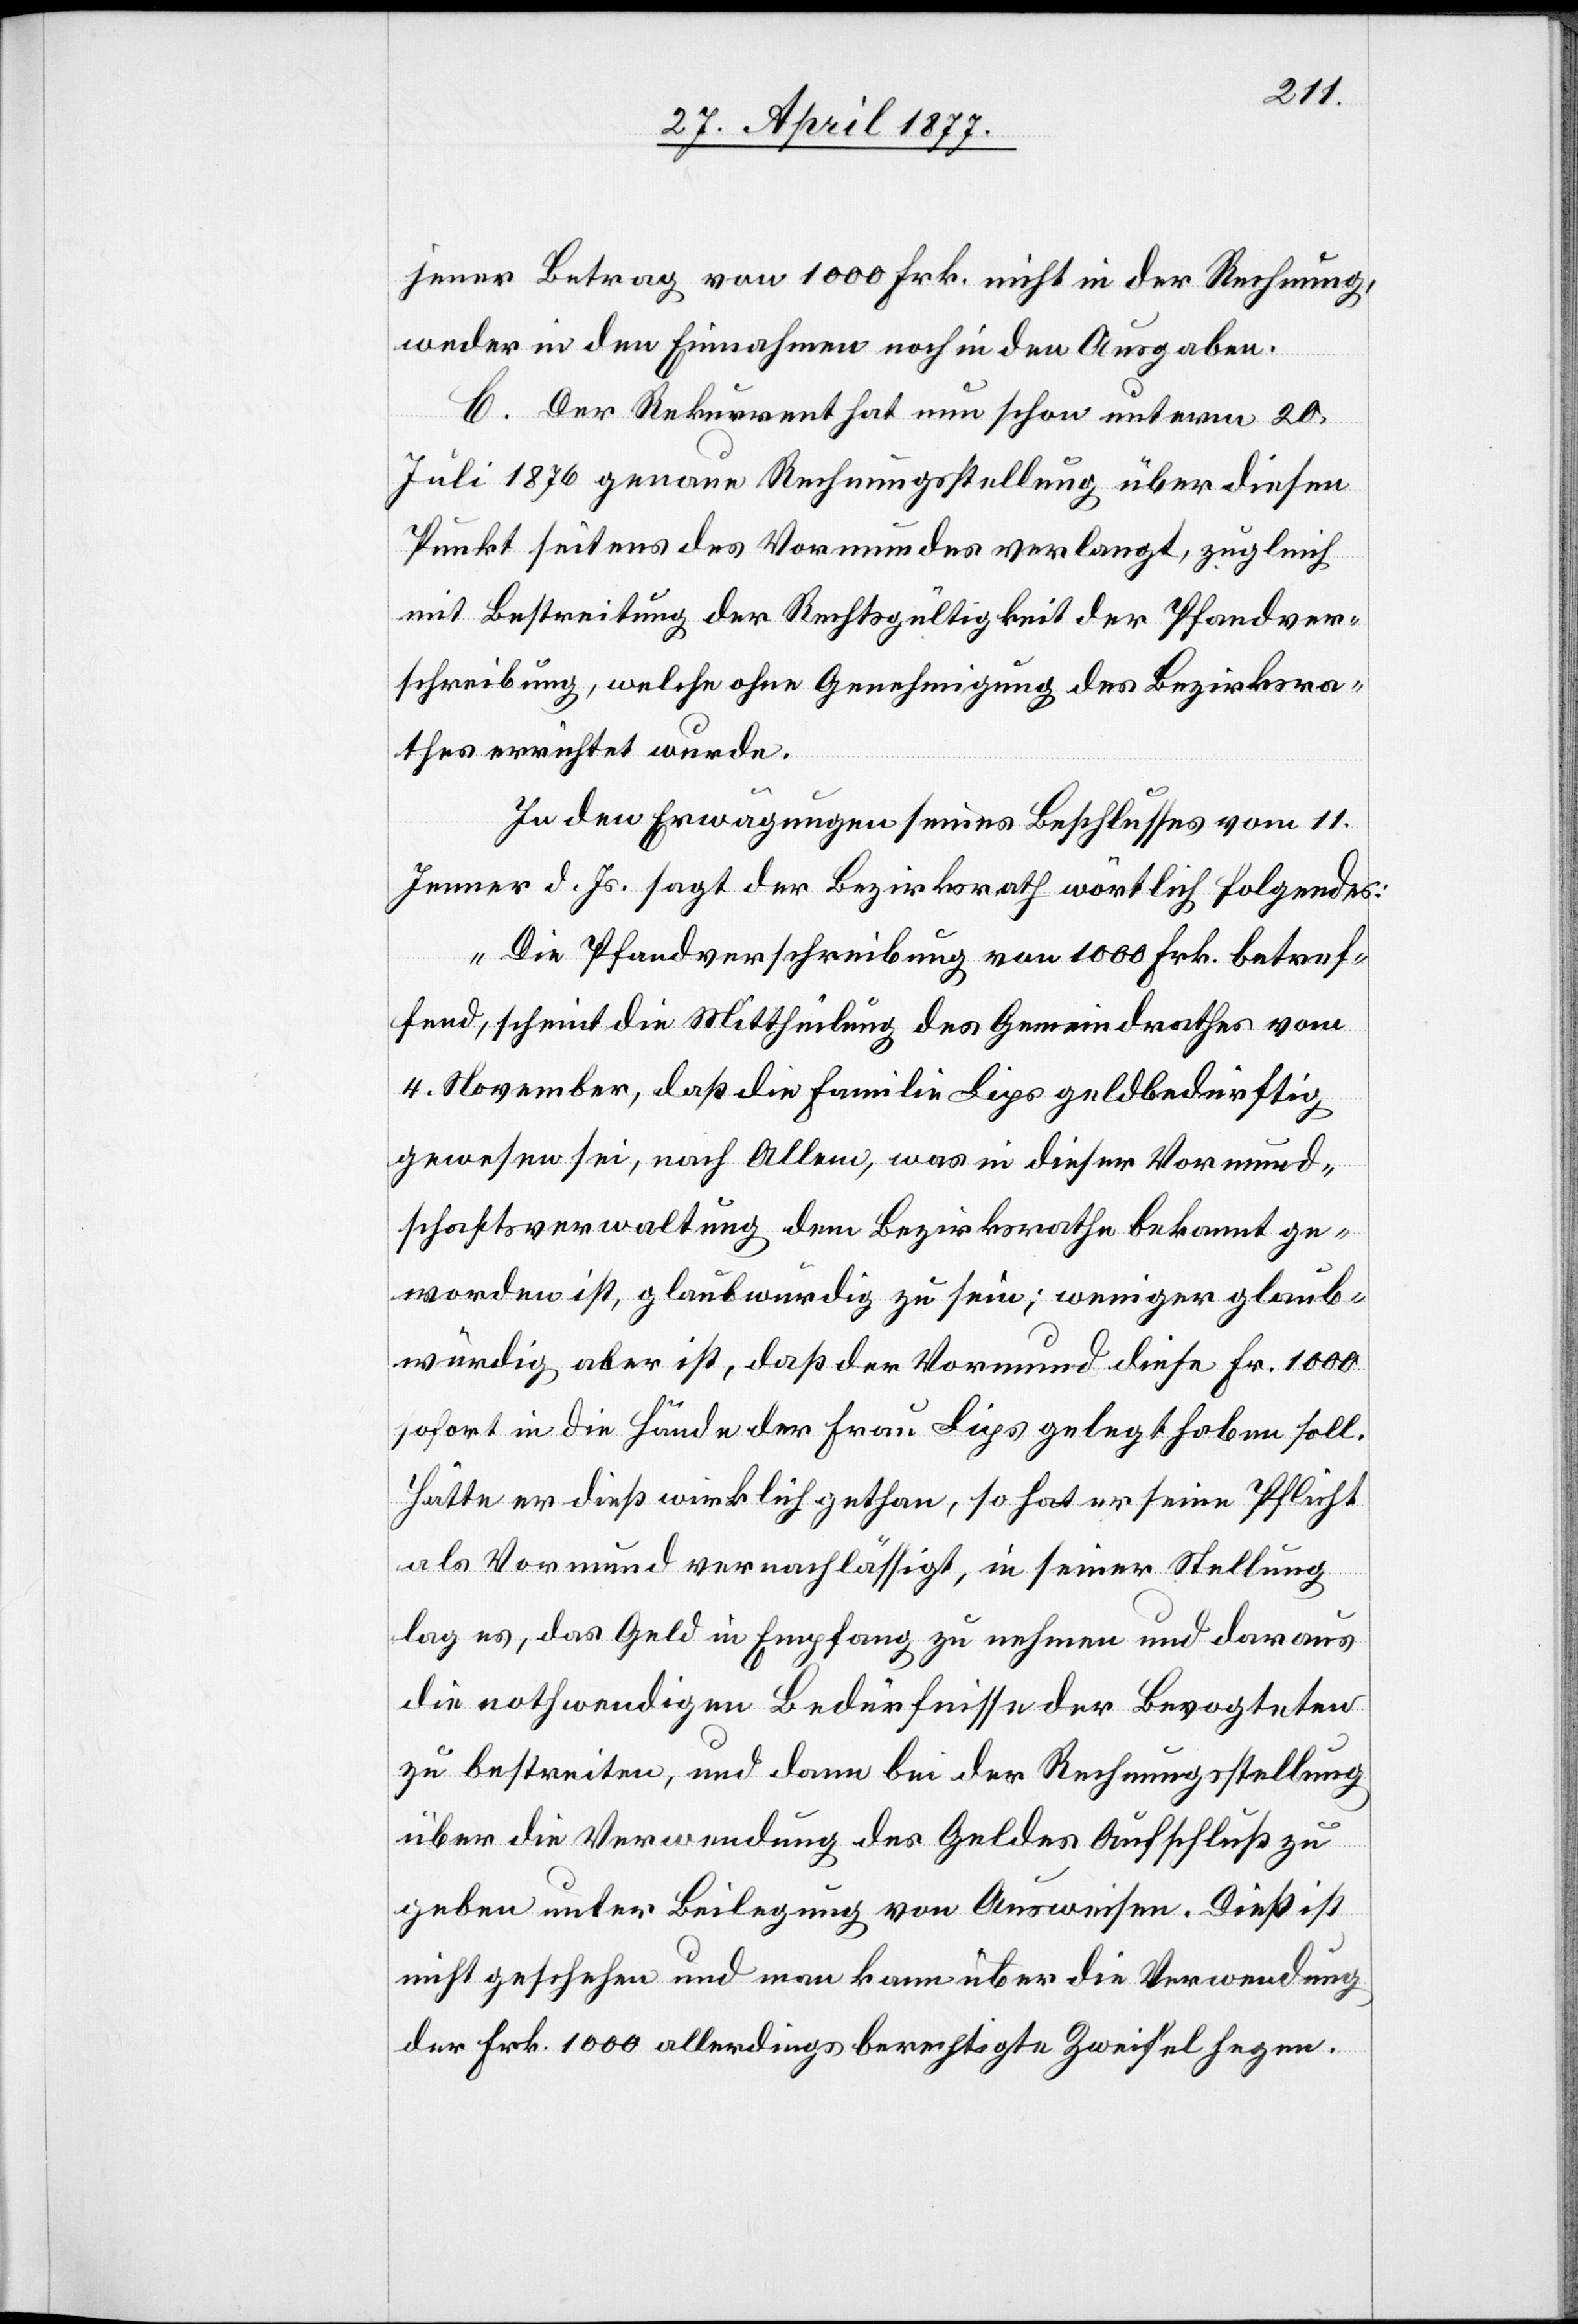
jener Betrag von 1000 Frk. nicht in der Rechnung,
weder in den Einnahmen noch in den Ausgaben.
C. Der Rekurrent hat nun schon unterm 20.
Juli 1876 genaue Rechnungsstellung über diesen
Punkt seitens des Vormundes verlangt, zugleich
mit Bestreitung der Rechtsgültigkeit der Pfandver¬
schreibung, welche ohne Genehmigung des Bezirksra¬
thes errichtet wurde.
In den Erwägungen seines Beschlusses vom 11.
Jenner d. Js. sagt der Bezirksrath wörtlich Folgendes:
„Die Pfandverschreibung von 1000. Frk. betref¬
fend, scheint die Mittheilung des Gemeindrathes vom
4. November, daß die Familie Lips geldbedürftig
gewesen sei, nach Allem, was in dieser Vormund¬
schaftsverwaltung dem Bezirksrathe bekannt ge¬
worden ist, glaubwürdig zu sein; weniger glaub¬
würdig aber ist, daß der Vormund diese Fr. 1000
sofort in die Hände der Frau Lips gelegt haben soll.
Hätte er dieß wirklich gethan, so hat er seine Pflicht
als Vormund vernachlässigt, in seiner Stellung
lag es, das Geld in Empfang zu nehmen und daraus
die nothwendigen Bedürfnisse der Bevogteten
zu bestreiten, und dann bei der Rechnungsstellung
über die Verwendung des Geldes Aufschluß zu
geben unter Beilegung von Ausweisen. Dieß ist
nicht geschehen und man kann über die Verwendung
der Frk. 1000 allerdings berechtigte Zweifel hegen.